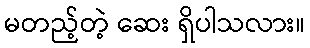
မတည့်တဲ့ ဆေး ရှိပါသလား။